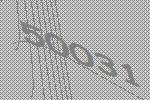
50031